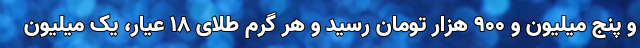
و پنج میلیون و ۹۰۰ هزار تومان رسید و هر گرم طلای ۱۸ عیار، یک میلیون